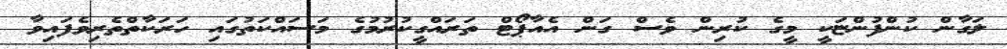
ލަގާން ކުންފުންޏަކީ މީގެ ކުރިން ވެސް ގަން އެއާޕޯޓް ތަރައްގީކުރުމުގެ މަސައްކަތުގައި ހަރަކާތްތެރިވެފައިވާ